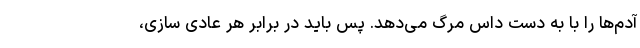
آدم‌ها را با به دست داس مرگ می‌دهد. پس باید در برابر هر عادی سازی،